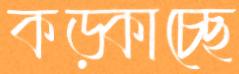
কড়্‌কাচ্ছে